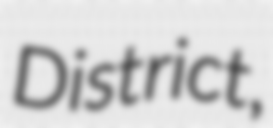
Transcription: District,